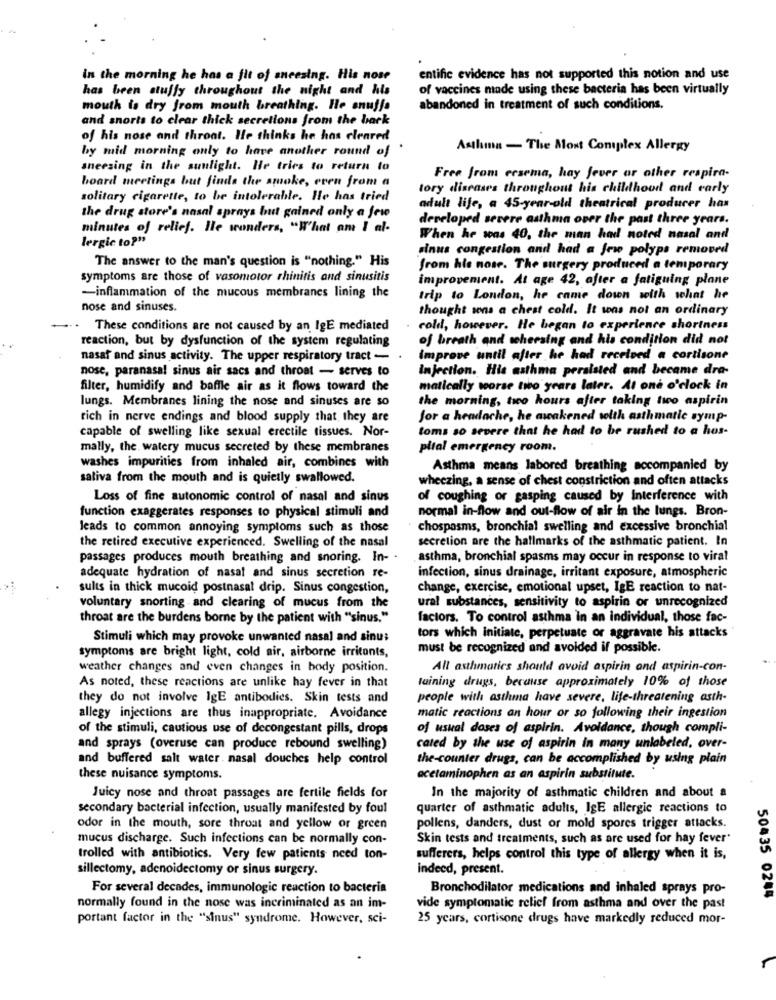
in the morning he has a fit of sneezing. His nose
entific evidence has not supported this notion and use
has been stuffy throughout the night and his
of vaccines made using these bacteria has been virtually
mouth is dry from mouth breathing. He enujja
abandoned in treatment of such conditions.
and snorts to clear thick secretions from the back
of his nose and throat. He thinks he has cleared
by mid morning only to have another round of
Asthma - The Most Complex Allergy
sneezing in the sunlight. He tries to return to
Free from ersema, hay fever or other respira-
board meetings but finds the smoke, even from a
tory diseases throughout his childhood and early
solitary cigarette, to be intolerable. He has tried
adult life, a 45-year-old theatrical producer has
the drug store's nasal sprays but gained only a few
developed severe asthma over the past three years.
minutes of relief. Ile wonders, "W'hat am I al-
lergic to?"
When he was 40, the man had noted nasal and
sinus congestion and had a few polyps removed
The answer to the man's question is "nothing." His
from his nose. The surgery produced a temporary
symptoms are those of vasomotor rhinitis and sinusitis
improvement. At age 42, after a fatiguing plane
-inflammation of the mucous membranes lining the
trip to London, he came down with what he
nose and sinuses.
thought sons a chest cold. It was not an ordinary
These conditions are not caused by an IgE mediated
cold, however. He began to experience shortness
reaction, but by dysfunction of the system regulating
of breath and whersing and his condition did not
nasat and sinus activity. The upper respiratory tract -
improve until after he had received a cortisone
nose, paranasal sinus air sacs and throat - serves to
injection. His asthma peralsted and became dra-
filter, humidify and baffle air as it flows toward the
matically worse two years later. At one o'clock in
lungs. Membranes lining the nose and sinuses are so
the morning, two hours after taking two aspirin
rich in nerve endings and blood supply that they are
for a headache, he awakened with asthmatic symp-
toms so severe that he had to be rushed to a hos-
capable of swelling like sexual erectile tissues. Nor-
mally, the. watery mucus secreted by these membranes
pital emergency room.
washes impurities from inhaled air, combines with
Asthma means labored breathing accompanied by
saliva from the mouth and is quietly swallowed.
wheezing, a sense of chest constriction and often attacks
Loss of fine autonomic control of nasal and sinus
of coughing or gasping caused by Interference with
normal in-flow and out-flow of air in the lungs. Bron-
function exaggerates responses to physical stimuli and
leads to common annoying symptoms such as those
chospasms, bronchial swelling and excessive bronchial
the retired executive experienced. Swelling of the nasal
secretion are the hallmarks of the asthmatic patient. In
passages produces mouth breathing and snoring. In-
asthma, bronchial spasms may occur in response to viral
adequate hydration of nasat and sinus secretion re-
infection, sinus drainage, irritant exposure, atmospheric
sults in thick mucoid postnasal drip. Sinus congestion,
change, exercise, emotional upset, IgE reaction to nat-
ural substances, sensitivity to aspirin or unrecognized
voluntary snorting and clearing of mucus from the
throat are the burdens borne by the patient with "sinus."
factors. To control asthma in an individual, those fac-
Stimuli which may provoke unwanted nasal and sinus
tors which initiate, perpetuate or aggravate his attacks
must be recognized and avoided if possible.
symptoms are bright light, cold air, airborne irritants,
weather changes and even changes in body position.
All asthmatics should avoid aspirin and aspirin-con-
tuining drugs, because approximately 10% of those
As noted, these reactions are unlike hay fever in that
they do not involve IgE antibodies. Skin tests and
people with asthma have severe, life-threatening asth-
allegy injections are thus inappropriate. Avoidance
matic reactions an hour or so following their ingestion
of the stimuli, cautious use of decongestant pills, drops
of usual doses of aspirin. Avoidance, though compli-
and sprays (overuse can produce rebound swelling)
cated by the use of aspirin in many unlabeled, over-
and buffered salt water. nasal douches help control
the-counter drugs, can be accomplished by using plain
these nuisance symptoms.
acetaminophen as an aspirin substitute.
Juicy nose and throat passages are fertile fields for
In the majority of asthmatic children and about a
secondary bacterial infection, usually manifested by foul
quarter of asthmatic adults, IgE allergic reactions to
odor in the mouth, sore throat and yellow or green
pollens, danders, dust or mold spores trigger attacks.
mucus discharge. Such infections can be normally con-
Skin tests and treatments, such as are used for hay fever"
trolled with antibiotics. Very few patients need ton-
sufferers, helps control this type of allergy when it is,
sillectomy, adenoidectomy or sinus surgery.
indeed, present.
For several decades, immunologic reaction to bacteria
Bronchodilator medications and inhaled sprays pro-
50435 0284
normally found in the nose was incriminated as an im-
vide symptomatic relief from asthma and over the past
portant factor in the "sinus" syndrome. However, sci-
25 years, cortisone drugs have markedly reduced mor-